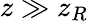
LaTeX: z\gg z_{R}